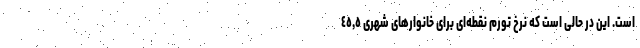
است. این در حالی است که نرخ تورم نقطه‌ای برای خانوارهای شهری ٤٥,٥